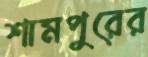
শামপুরের